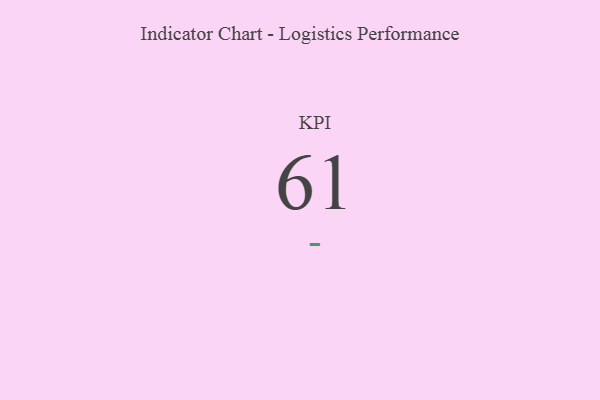
{"axis": {"x": "KPI", "y": "Value"}, "legend": [""], "data": [{"x": "KPI", "y": 61, "type": ""}]}